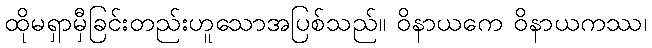
ထိုမရှာမှီခြင်းတည်းဟူသောအပြစ်သည်။ ဝိနာယကေ ဝိနာယကဿ၊